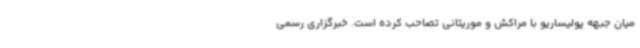
میان جبهه پولیساریو با مراکش و موریتانی تصاحب کرده است. خبرگزاری رسمی